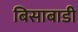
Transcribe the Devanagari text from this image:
बिसाबाडी